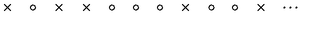
\times \quad \circ \quad \times \quad \times \quad \circ \quad \circ \quad \circ \quad \times \quad \circ \quad \circ \quad \times \quad \cdots